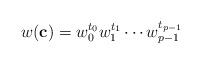
LaTeX: \begin{align*}w(\mathbf{c})=w_{0}^{t_{0}}w_{1}^{t_{1}}\cdots w_{p-1}^{t_{p-1}}\end{align*}